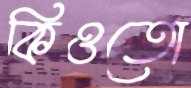
কিওতো